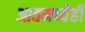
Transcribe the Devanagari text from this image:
आतमध्येही